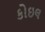
કોઇલ